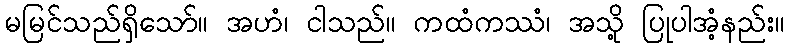
မမြင်သည်ရှိသော်။ အဟံ၊ ငါသည်။ ကထံကဿံ၊ အသို့ ပြုပါအံ့နည်း။